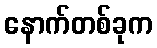
နောက်တစ်ခုက